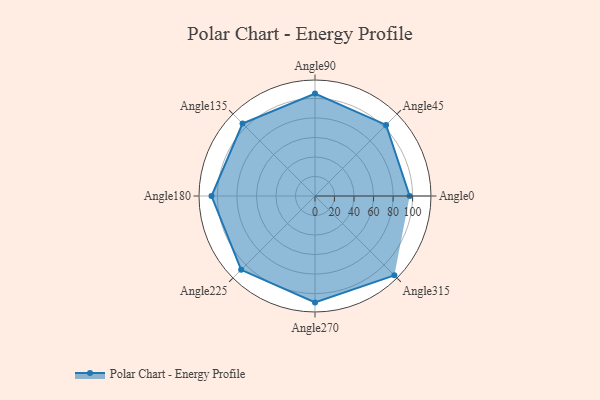
{"axis": {"x": "Angle", "y": "Radius"}, "legend": [""], "data": [{"x": "Angle0", "y": 97.0, "type": ""}, {"x": "Angle45", "y": 103.0, "type": ""}, {"x": "Angle90", "y": 105.0, "type": ""}, {"x": "Angle135", "y": 105.0, "type": ""}, {"x": "Angle180", "y": 106.0, "type": ""}, {"x": "Angle225", "y": 107.0, "type": ""}, {"x": "Angle270", "y": 109.0, "type": ""}, {"x": "Angle315", "y": 115.0, "type": ""}]}